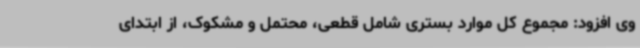
وی افزود: مجموع کل موارد بستری شامل قطعی، محتمل و مشکوک، از ابتدای